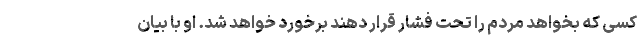
کسی که بخواهد مردم را تحت فشار قرار دهند برخورد خواهد شد. او با بیان